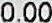
0.00